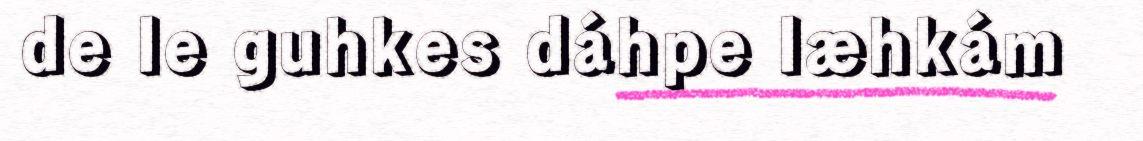
de le guhkes dáhpe læhkám